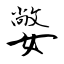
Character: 嫳